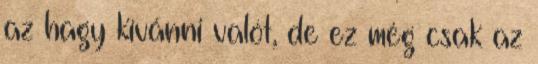
az hagy kívánni valót, de ez még csak az